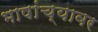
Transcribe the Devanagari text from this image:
भाषांच्यावर